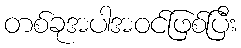
တစ်ခုအပါအဝင်ဖြစ်ပြီး